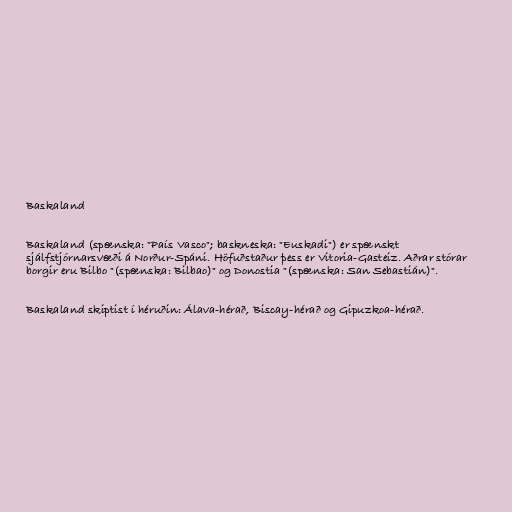
Baskaland

Baskaland (spænska: "País Vasco"; baskneska: "Euskadi") er spænskt
sjálfstjórnarsvæði á Norður-Spáni. Höfuðstaður þess er Vitoria-Gasteiz. Aðrar stórar
borgir eru Bilbo "(spænska: Bilbao)" og Donostia "(spænska: San Sebastián)".

Baskaland skiptist í héruðin: Álava-hérað, Biscay-hérað og Gipuzkoa-hérað.